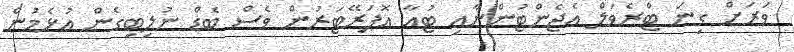
ވަރަށް ގިނަ ޓްރެވަލް އެޖެންޓުންނާއި ޓުއާ އޮޕަރޭޓަރުން ވެސް ބެޑް ނުލިބިގެން އުޅެމުން